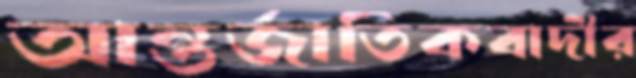
আন্তর্জাতিকবাদীর